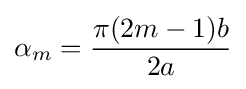
\alpha _{m}={\frac {\pi (2m-1)b}{2a}}